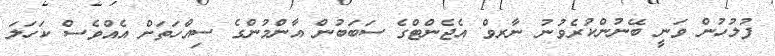
ފުލުހުން ވަނީ ބޭނުންކުރެވުނު ނާރވް އެޖެންޓްގެ ސަބަބުން އާންމުންގެ ސިއްހަތަށް އެއްވެސް ކަހަލަ